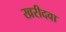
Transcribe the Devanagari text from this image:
खरीदवा